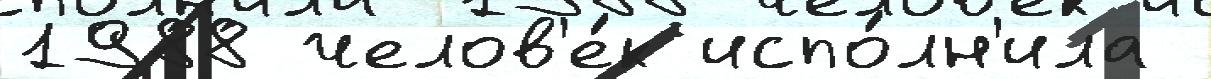
1988 челов'е́к испо́лн'ила